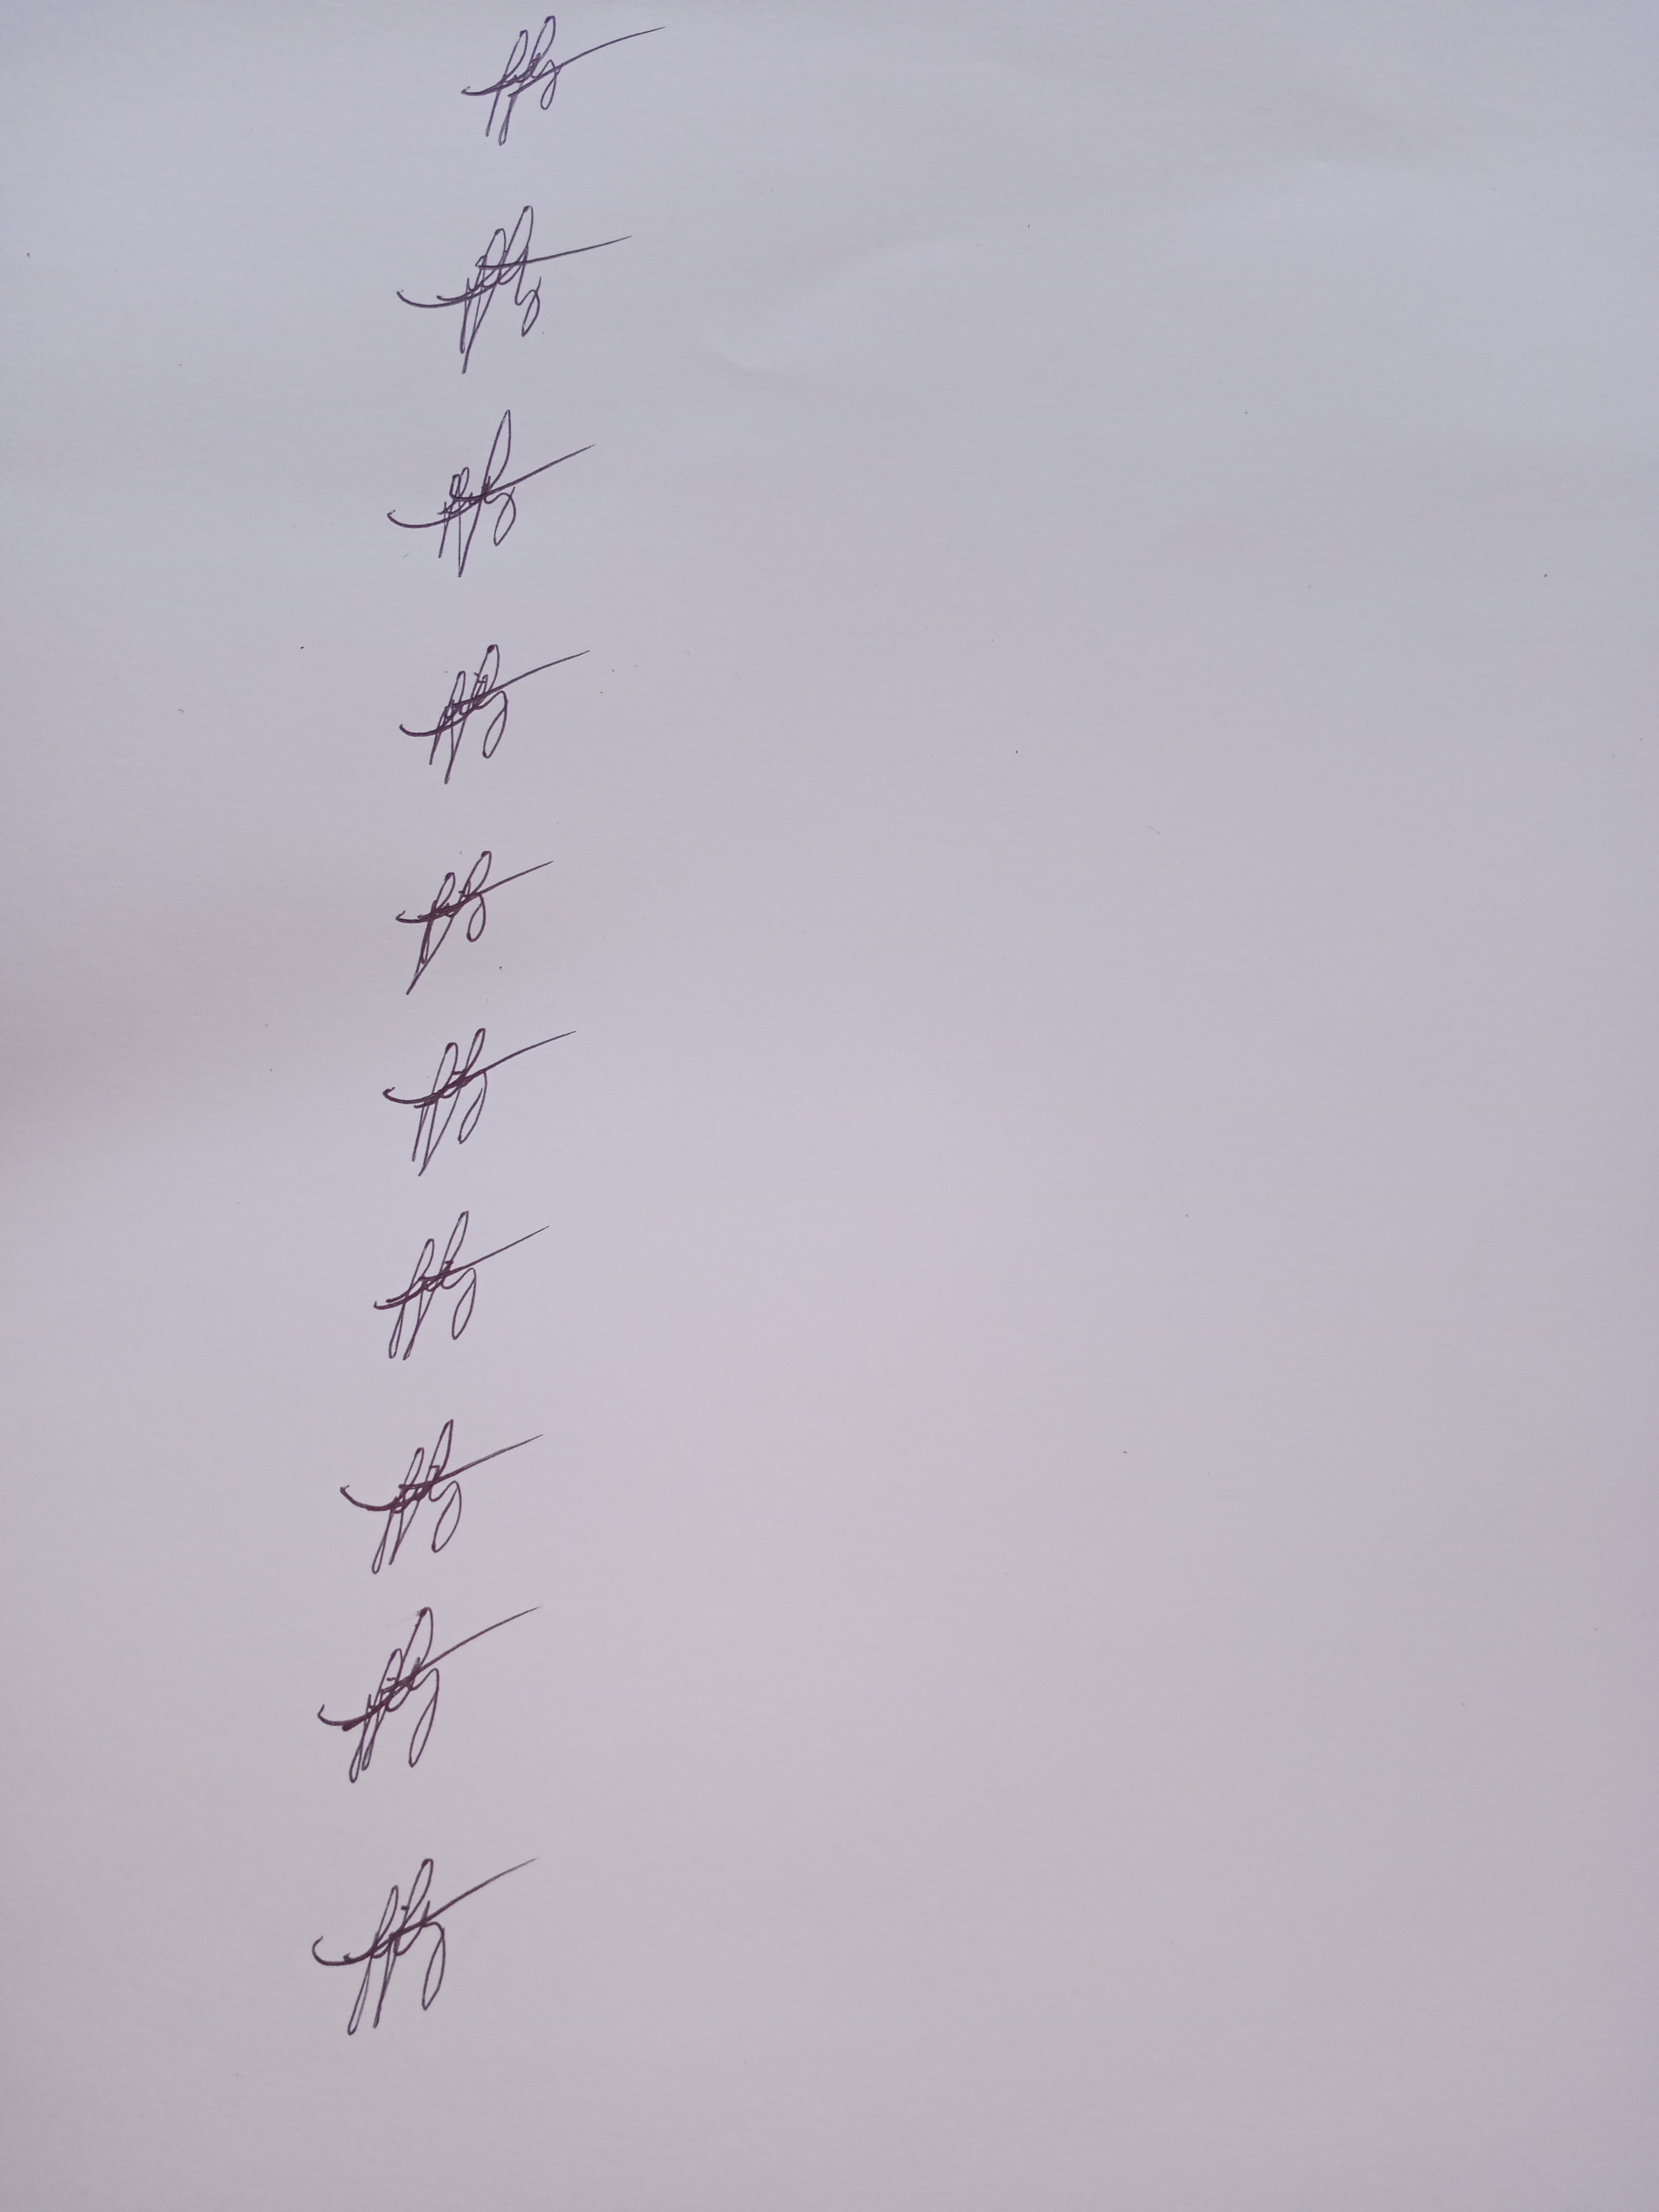
Signature authenticity: genuine